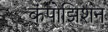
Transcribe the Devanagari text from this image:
कंपोझिशन